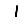
Digit: 1